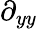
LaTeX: \partial_{yy}